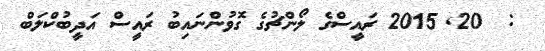
:  20